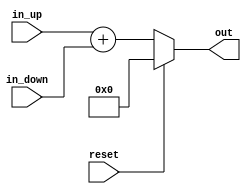
`timescale 1ns / 1ps
//////////////////////////////////////////////////////////////////////////////////
// Company: 
// Engineer: 
// 
// Design Name: 
// Module Name: pc_adder_2
// Project Name: 
// Target Devices: 
// Tool Versions: 
// Description: 
// 
// Dependencies: 
// 
// Revision:
// Revision 0.01 - File Created
// Additional Comments:
// 
//////////////////////////////////////////////////////////////////////////////////


module pc_adder_2(
//compulsory input
    input [31:0] in_up,
    input [31:0] in_down,
//compulsory output
    output reg [31:0] out,
// my inout
    input reset
    );
    
    reg signed [31:0] srcA;
    reg signed [31:0] srcB;
    
    always @ (*) begin
        srcA = in_up;
        srcB = in_down;
        if (reset == 1) begin
            out = 0;
        end
        else begin
//            out = in_up + in_down;
            out = srcA + srcB;
        end
    end
endmodule